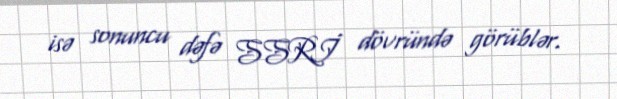
isə sonuncu dəfə SSRİ dövründə görüblər.